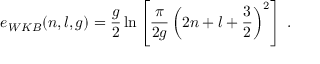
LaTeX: e _ { W K B } ( n , l , g ) = \frac { g } { 2 } \ln \left[ \frac { \pi } { 2 g } \left( 2 n + l + \frac { 3 } { 2 } \right) ^ { 2 } \right] \; .